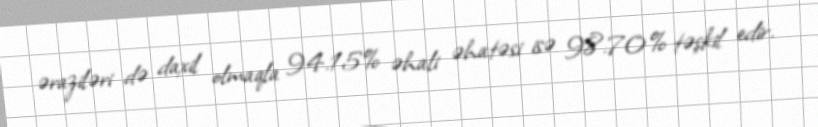
əraziləri də daxil olmaqla 94.15% əhali əhatəsi isə 98.70% təşkil edir.